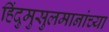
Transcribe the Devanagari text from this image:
हिंदुमुसुलमानांच्या